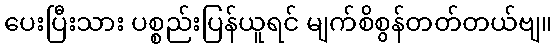
ပေးပြီးသား ပစ္စည်းပြန်ယူရင် မျက်စိစွန်တတ်တယ်ဗျ။